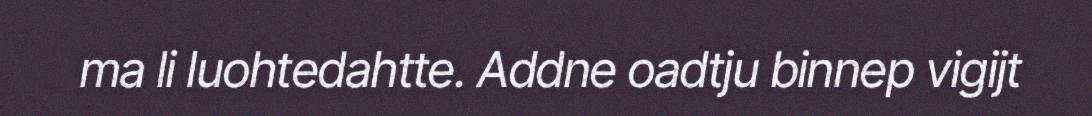
ma li luohtedahtte. Addne oadtju binnep vigijt